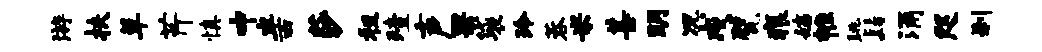
游扶草芹慎中半西莎租殪声果袋玲蓉米甚明况戍甓痕姨帷眺髫涌咫刹